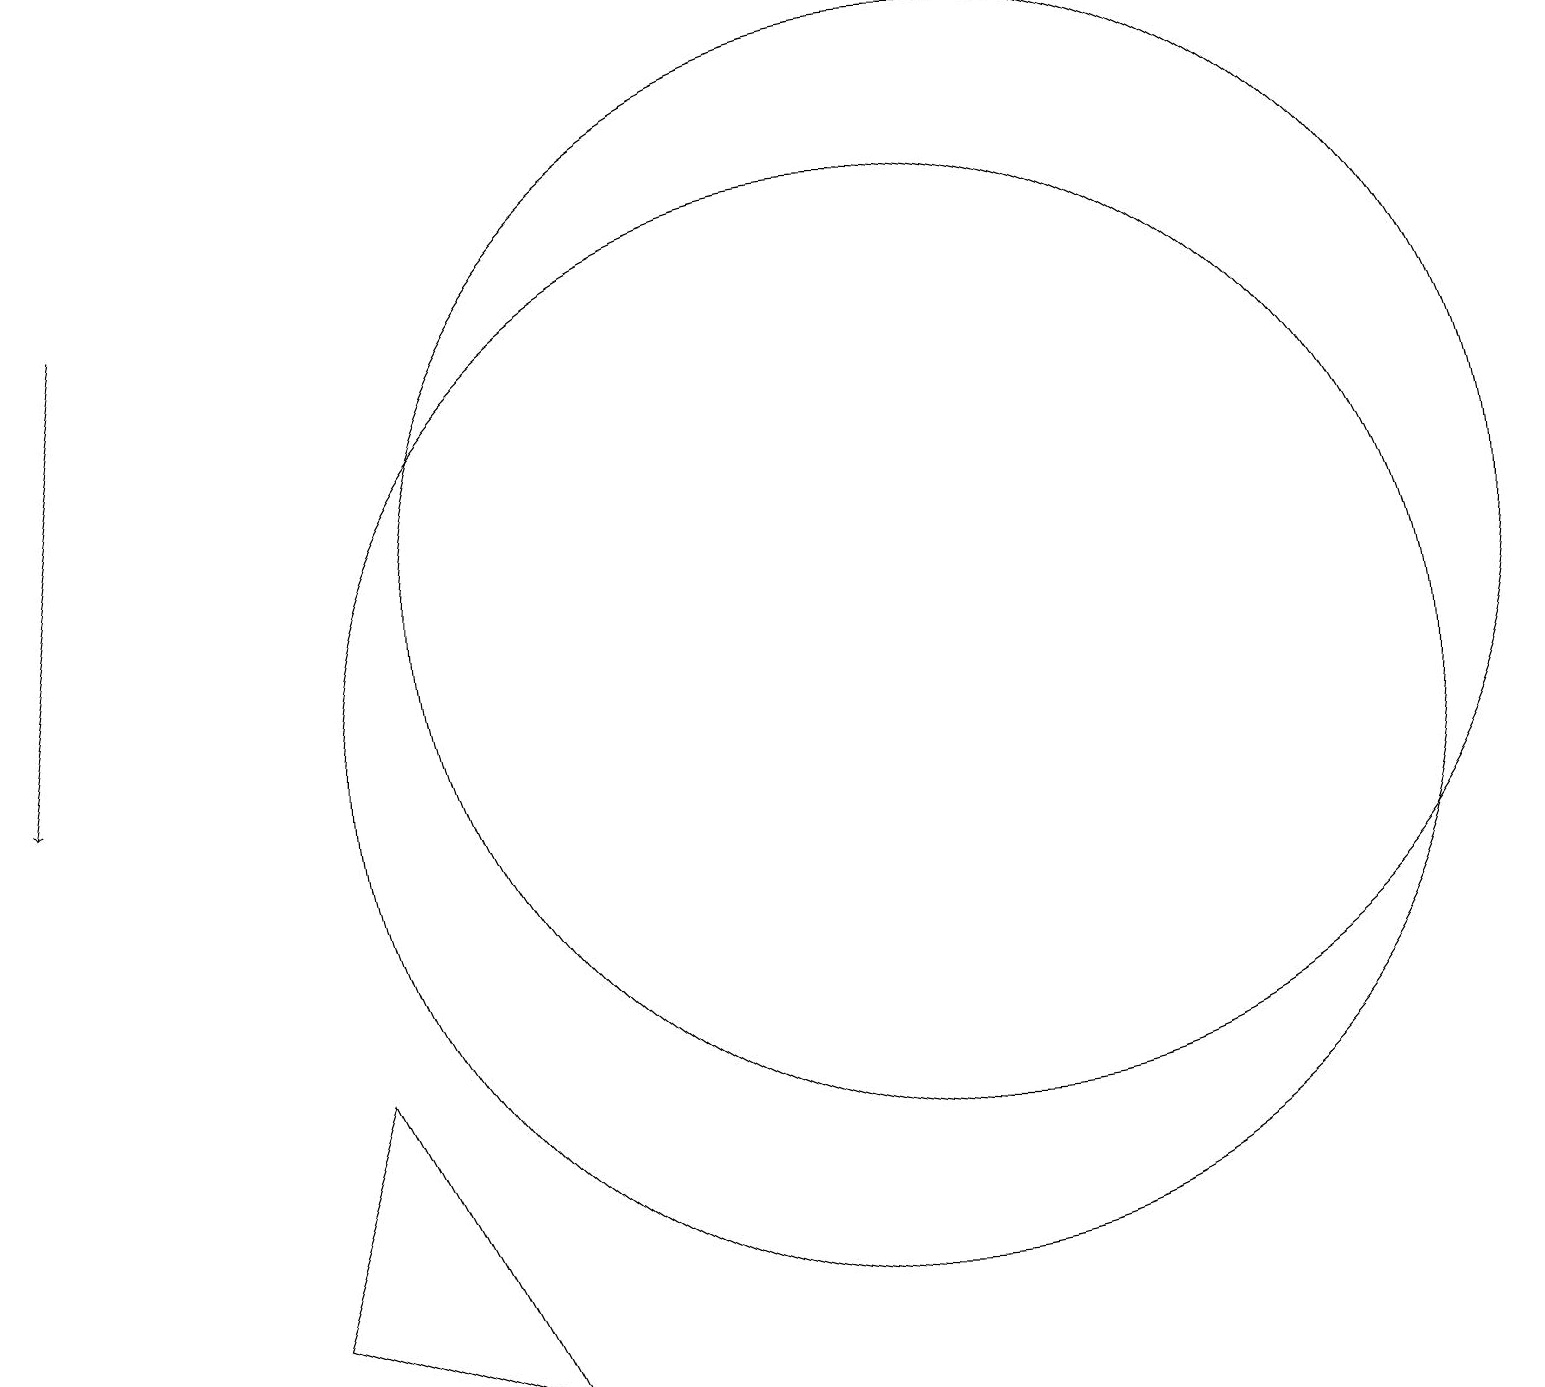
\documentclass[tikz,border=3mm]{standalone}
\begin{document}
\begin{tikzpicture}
\draw (3,3) -- (6,2) -- (4,6) -- cycle;
\draw (12,12) circle (7);
\draw (11,10) circle (7);
\draw[->] (1,16) -- (0,10);
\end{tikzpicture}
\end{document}